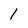
Character: 1